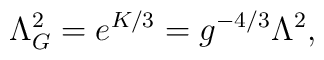
\Lambda^2_G = e^{K/3}=g^{-4/3}\Lambda^2,